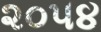
૨૦૫૪